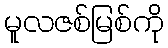
မူလဇစ်မြစ်ကို